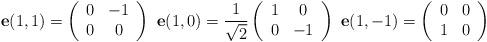
LaTeX: \begin{align*}\mathbf{e}(1,1)=\left(\begin{array}[c]{cc}0 & -1\\0 & 0\end{array}\right) \ \mathbf{e}(1,0)=\frac{1}{\sqrt{2}}\left(\begin{array}[c]{cc}1 & 0\\0 & -1\end{array}\right) \ \mathbf{e}(1,-1)=\left(\begin{array}[c]{cc}0 & 0\\1 & 0\end{array}\right)\end{align*}